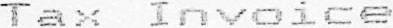
TAX INVOICE